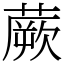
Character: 蕨